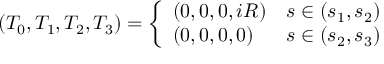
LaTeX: ( T _ { 0 } , T _ { 1 } , T _ { 2 } , T _ { 3 } ) = \left\{ \begin{array} { l l } { { ( 0 , 0 , 0 , i R ) } } & { { s \in ( s _ { 1 } , s _ { 2 } ) } } \\ { { ( 0 , 0 , 0 , 0 ) } } & { { s \in ( s _ { 2 } , s _ { 3 } ) } } \end{array} \right.